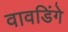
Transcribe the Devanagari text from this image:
वावडिंगे